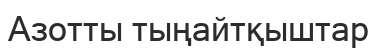
Азотты тыңайтқыштар